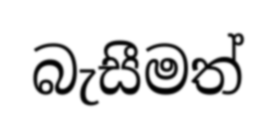
බැසීමත්